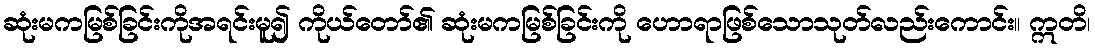
ဆုံးမကမြစ်ခြင်းကိုအရင်းမူ၍ ကိုယ်တော်၏ ဆုံးမကမြစ်ခြင်းကို ဟောရာဖြစ်သောသုတ်လည်းကောင်း။ ဣတိ၊